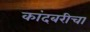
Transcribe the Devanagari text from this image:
कांदबरीचा